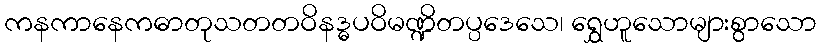
ကနကာနေကဓာတုသတတဝိနဒ္ဓပဝိမဏ္ဍိတပ္ပဒေသေ၊ ရွှေဟူသောများစွာသော